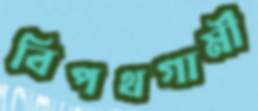
বিপথগামী